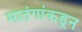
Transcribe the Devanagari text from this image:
मातंगांकडून